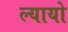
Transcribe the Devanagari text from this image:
ल्यायो